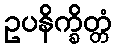
ဥပနိက္ခိတ္တံ